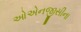
ઓએનજીસીના